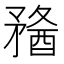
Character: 𥎈